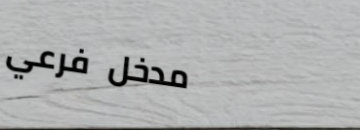
مدخل فرعي